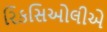
રિકસિઓલીએ